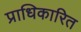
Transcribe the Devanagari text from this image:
प्राधिकारित